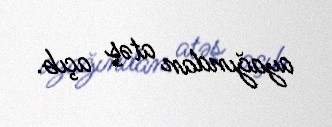
ayağından atəş açıb.